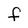
Character: F